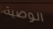
الوصية